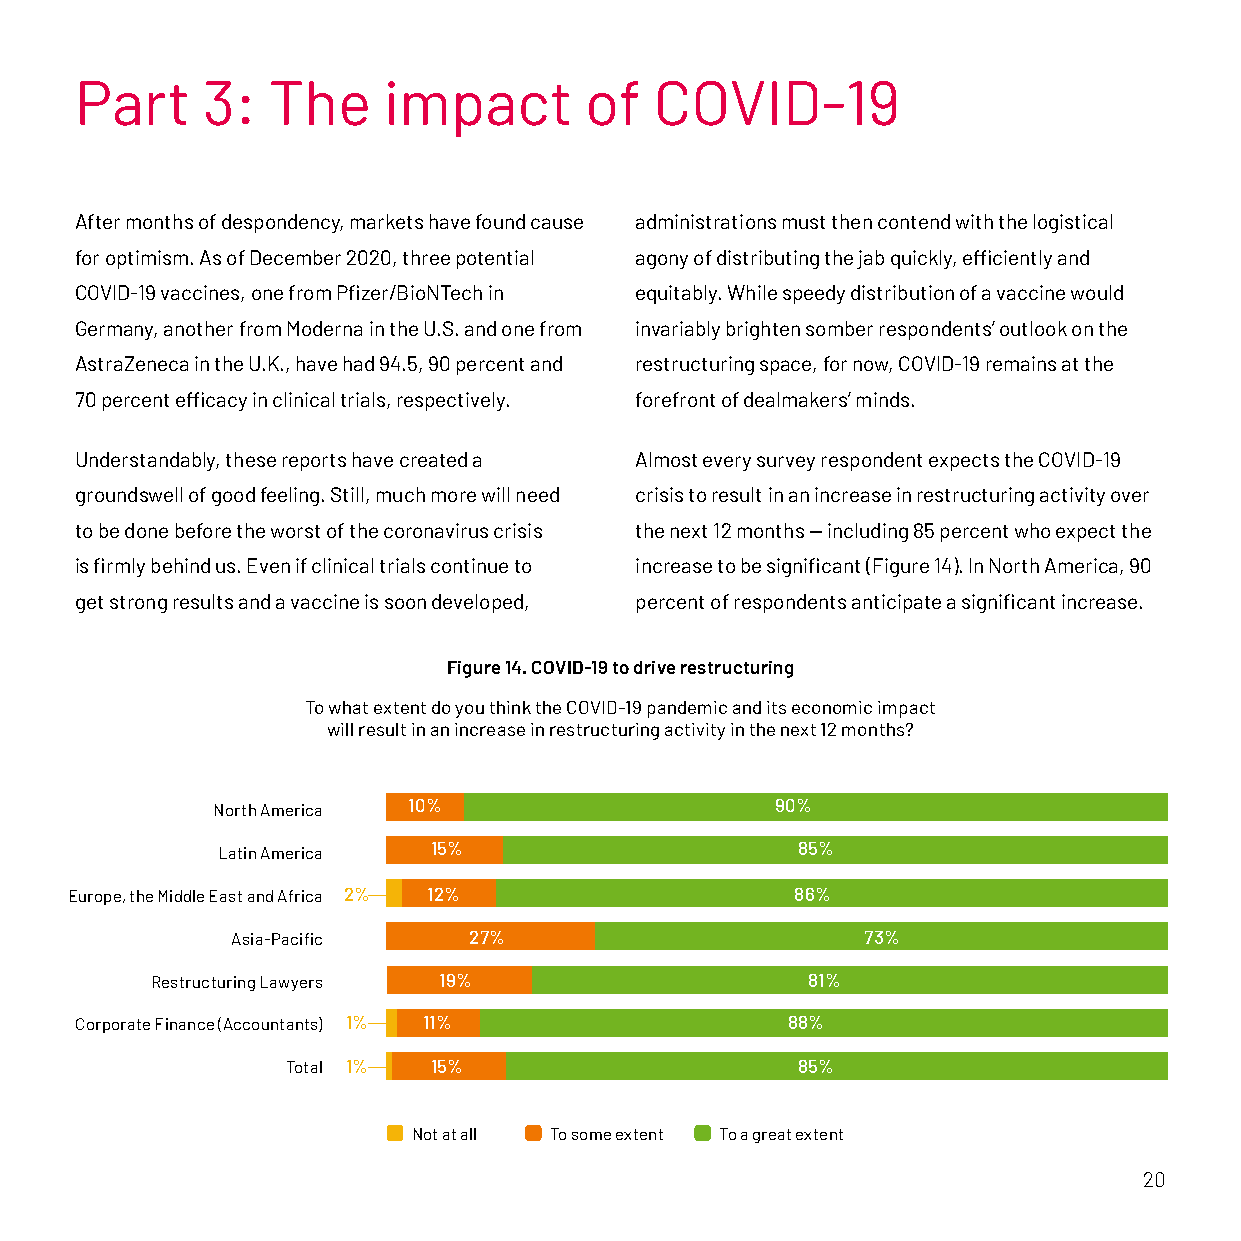
Part    3:   The    impact        of  COVID-19
 After months of despondency, markets have found cause administrations must then contend with the logistical
 for optimism. As of December 2020, three potential agony of distributing the jab quickly, efficiently and
 COVID-19 vaccines, one from Pfizer/BioNTech in equitably. While speedy distribution of a vaccine would
 Germany, another from Moderna in the U.S. and one from invariably brighten somber respondents’ outlook on the
 AstraZeneca in the U.K., have had 94.5, 90 percent and restructuring space, for now, COVID-19 remains at the
 70 percent efficacy in clinical trials, respectively. forefront of dealmakers’ minds.
 Understandably, these reports have created a Almost every survey respondent expects the COVID-19
 groundswell of good feeling. Still, much more will need crisis to result in an increase in restructuring activity over
 to be done before the worst of the coronavirus crisis the next 12 months — including 85 percent who expect the
 is firmly behind us. Even if clinical trials continue to increase to be significant (Figure 14). In North America, 90
 get strong results and a vaccine is soon developed, percent of respondents anticipate a significant increase.
 Figure 14. COVID-19 to drive restructuring
 To what extent do you think the COVID-19 pandemic and its economic impact
 will result in an increase in restructuring activity in the next 12 months?
 North America 10%                    90%
 Latin America 15%                      85%
 Europe, the Middle East and Africa 2% 12%        86%
 Asia-Pacific    27%                       73%
 Restructuring Lawyers 19%                  81%
 Corporate Finance (Accountants) 1% 11%         88%
 Total 1% 15%                      85%
 Not at all To some extent To a great extent
 20